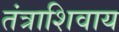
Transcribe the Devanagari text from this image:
तंत्राशिवाय